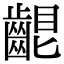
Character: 𪘟